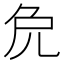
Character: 𠑾